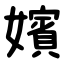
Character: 嬪